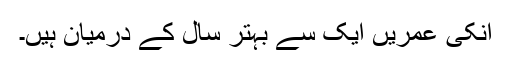
انکی عمریں ایک سے بہتر سال کے درمیان ہیں۔